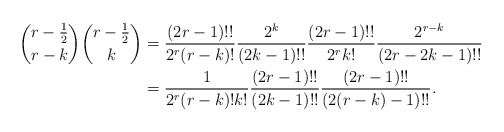
\begin{align*}\binom{r-\frac{1}{2}}{r-k}\binom{r-\frac{1}{2}}{k}&=\frac{(2r-1)!!}{2^{r}(r-k)!}\frac{2^{k}}{(2k-1)!!}\frac{(2r-1)!!}{2^{r}k!}\frac{2^{r-k}}{(2r-2k-1)!!}\\&=\frac{1}{2^{r}(r-k)!k!}\frac{(2r-1)!!}{(2k-1)!!}\frac{(2r-1)!!}{(2(r-k)-1)!!}.\end{align*}